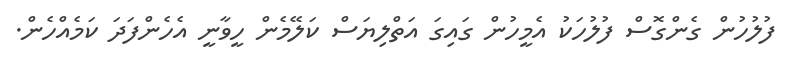
ފުލުހުން ގެންގޮސް ފުލުހަކު އެމީހުން ގައިގަ އަތްލިޔަސް ކަލޭމެން ހީވާނީ އެހެންފަދަ ކަމެއްހެން.